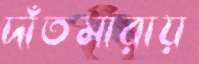
দাঁতমারায়